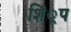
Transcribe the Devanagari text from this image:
शिं्रप